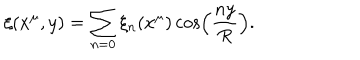
\xi ( x ^ { \mu } , y ) = \sum _ { n = 0 } \xi _ { n } ( x ^ { \mu } ) \cos \left( \frac { n y } { R } \right) .